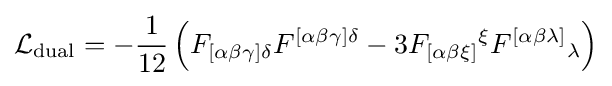
{\cal {L}}_{\rm {dual}}=-{\frac {1}{12}}\left(F_{[\alpha \beta \gamma ]\delta }F^{[\alpha \beta \gamma ]\delta }-3F_{[\alpha \beta \xi ]}{}^{\xi }F^{[\alpha \beta \lambda ]}{}_{\lambda }\right)